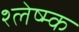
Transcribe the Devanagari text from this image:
श्लेष्म्क